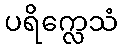
ပရိက္လေသံ